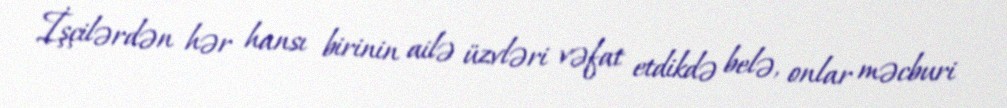
İşçilərdən hər hansı birinin ailə üzvləri vəfat etdikdə belə, onlar məcburi